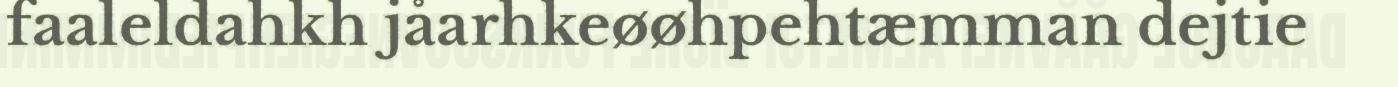
faaleldahkh jåarhkeøøhpehtæmman dejtie